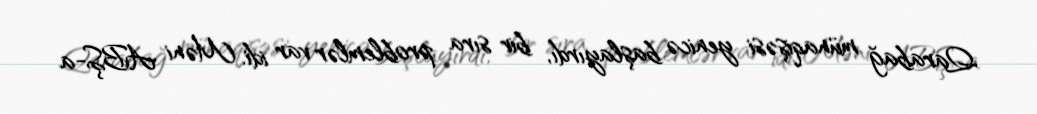
Qarabağ münaqişəsi yenicə başlayırdı, bir sıra problemlər var idi. Məni ABŞ-a